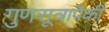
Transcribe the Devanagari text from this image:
गुणसूत्रापैकी